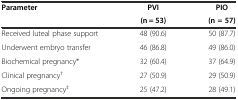
<table><thead><tr><td rowspan="2"><b>Parameter</b></td><td><b>PVI</b></td><td><b>PIO</b></td></tr><tr><td><b>(n = 53)</b></td><td><b>(n = 57)</b></td></tr></thead><tbody><tr><td>Received luteal phase support</td><td>48 (90.6)</td><td>50 (87.7)</td></tr><tr><td>Underwent embryo transfer</td><td>46 (86.8)</td><td>49 (86.0)</td></tr><tr><td>Biochemical pregnancy*</td><td>32 (60.4)</td><td>37 (64.9)</td></tr><tr><td>Clinical pregnancy<sup>†</sup></td><td>27 (50.9)</td><td>29 (50.9)</td></tr><tr><td>Ongoing pregnancy<sup>‡</sup></td><td>25 (47.2)</td><td>28 (49.1)</td></tr></tbody></table>